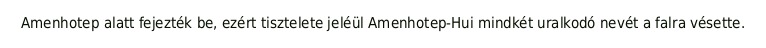
Amenhotep alatt fejezték be, ezért tisztelete jeléül Amenhotep-Hui mindkét uralkodó nevét a falra vésette.